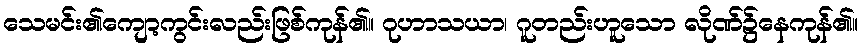
သေမင်း၏ကျော့ကွင်းလည်းဖြစ်ကုန်၏။ ဂုဟာသယာ၊ ဂူတည်းဟူသော လိုဏ်၌နေကုန်၏။